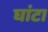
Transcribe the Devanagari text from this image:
घांटा